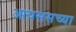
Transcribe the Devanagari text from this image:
आयससच्या